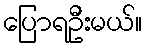
ပြောရဦးမယ်။